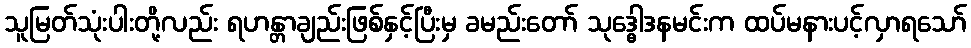
သူမြတ်သုံးပါးတို့လည်း ရဟန္တာချည်းဖြစ်နှင့်ပြီးမှ ခမည်းတော် သုဒ္ဓေါဒနမင်းက ထပ်မနားပင့်လှာရသော်